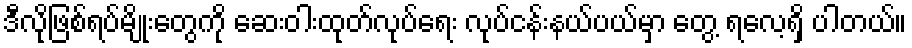
ဒီလိုဖြစ်ရပ်မျိုးတွေကို ဆေးဝါးထုတ်လုပ်ရေး လုပ်ငန်းနယ်ပယ်မှာ တွေ့ ရလေ့ရှိ ပါတယ်။